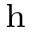
_ \mathrm { h }